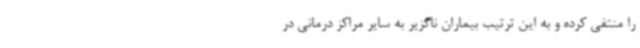
را منتفی کرده و به این ترتیب بیماران ناگزیر به سایر مراکز درمانی در